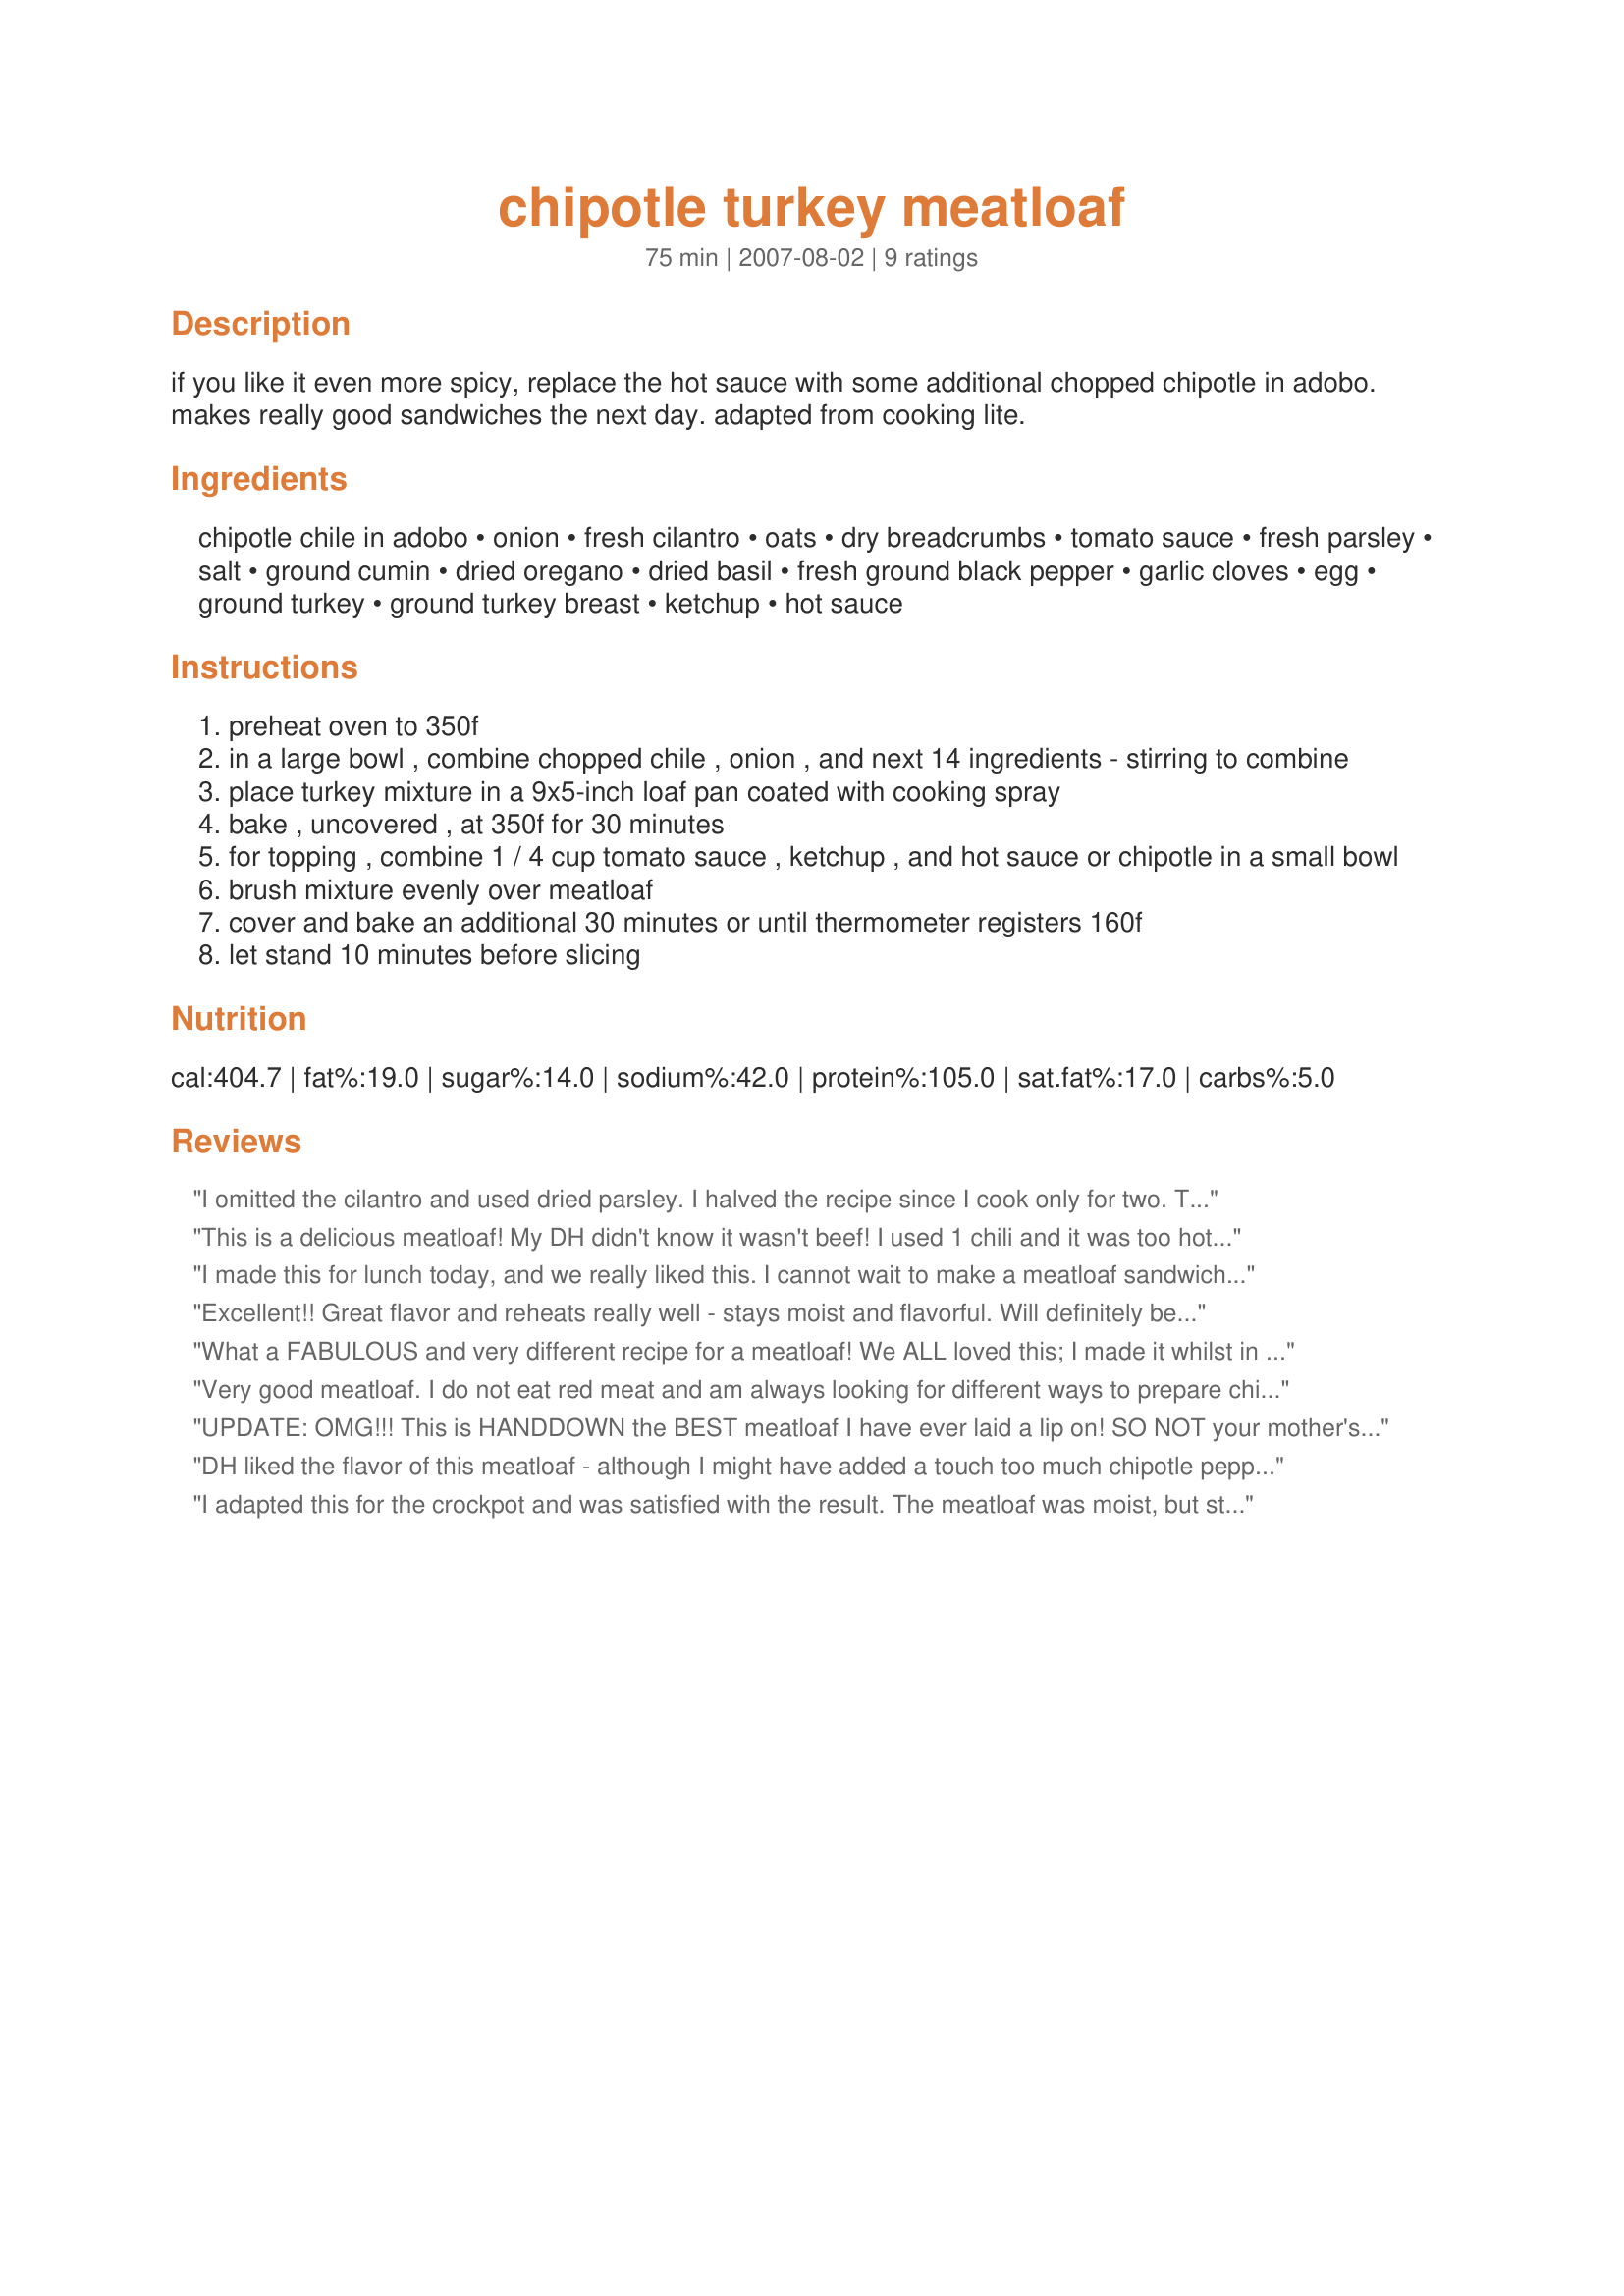
chipotle turkey meatloaf
Preparation time: 75 minutes

if you like it even more spicy, replace the hot sauce with some additional chopped chipotle in adobo. makes really good sandwiches the next day. adapted from cooking lite.

Ingredients:
chipotle chile in adobo, onion, fresh cilantro, oats, dry breadcrumbs, tomato sauce, fresh parsley, salt, ground cumin, dried oregano, dried basil, fresh ground black pepper, garlic cloves, egg, ground turkey, ground turkey breast, ketchup, hot sauce

Steps:
preheat oven to 350f
in a large bowl , combine chopped chile , onion , and next 14 ingredients - stirring to combine
place turkey mixture in a 9x5-inch loaf pan coated with cooking spray
bake , uncovered , at 350f for 30 minutes
for topping , combine 1 / 4 cup tomato sauce , ketchup , and hot sauce or chipotle in a small bowl
brush mixture evenly over meatloaf
cover and bake an additional 30 minutes or until thermometer registers 160f
let stand 10 minutes before slicing

Reviews:
I omitted the cilantro and used dried parsley. I halved the recipe since I cook only for two. The half recipe works nice as well. My picky husband loved this meatloaf. I will definitely make this again. It came out moist and tasty.
This is a delicious meatloaf! My DH didn't know it wasn't beef! I used 1 chili and it was too hot for DH. I also used parsley because that is what I had. I love the fact that its healthy! Thanks!
I made this for lunch today, and we really liked this. I cannot wait to make a meatloaf sandwich with it tomorrow. I really wanted to add more chipotles, but my family is wimpy. I left out the basil because I didn't have any dried. I did sneak some smoked paprika into the sauce. This was very good. Thanks Caroline!
Excellent!! Great flavor and reheats really well - stays moist and flavorful. Will definitely be making this one again - thanks!
What a FABULOUS and very different recipe for a meatloaf! We ALL loved this; I made it whilst in the UK for my family and as they don't eat red meat, this was perfect for all of them! I had some chipotle chilies in adobo that I brought over with me - a small tin, and my parents were thrilled that I left the rest with them!!! (They love spicy food!) I used a mixture of turkey and chicken minced meat - and the texture and moistness was spot on with that combination. I used stale wholewheat breadcrumbs, again they imparted a wonderful texture and flavour to the meatloaf. I increased the garlic to 4 cloves - we are ALL garlic lovers, and it did NOT take over the flavour. The oats were the magic ingredient for us, and SO healthy. This will become my DEFAULT meatloaf recipe from now - it was wonderful, and we really enjoyed it in sandwiches the next day. Thanks Caro for a real classic with a twist - photos were taken, but will be posted later, when I get back to France and get sorted out! FT:-)
Very good meatloaf. I do not eat red meat and am always looking for different ways to prepare chicken/turkey. This was a pleasant surprise since we do love spicy food. Made it as stated and it came out moist and flavorful, good consistency, easy to cut in slices (to use on sandwiches). Thanks for posting.
UPDATE: OMG!!! This is HANDDOWN the BEST meatloaf I have ever laid a lip on! SO NOT your mother's meatloaf. Even leftovers were moist and flavorful. DH who would rather have ALL his teeth drilled then pulled without any anesthetic tried this and proclaimed it 'pretty darn good' which for him is monumental! Thank you Caroline! AWESOME meatloaf! Orig: 1/9/10Wonderful, moist, flavorful! I really liked that I had all these ingredients on hand. If you do not you could use dried rather than fresh for both the parsley and cilantro but fresh is oh so much better. There are recipes on zaar for freezing them- which would also work here imho. I used 3 chipotle's bc we like things spicy! For the bread crumbs I used 2 slices of whole wheat bread that I toasted and let dry/cool. Measured all the spices and added it to the bowl. Then I zipped it up in my food processor. Dumped that in the bowl with the meat. Then I chopped the onion, garlic, parsley, cilantro and chipotle's in the food processor. Dumped that in the bowl. Added everything else to the meat and mixed. Oh, I did not want to open a whole can of tomato sauce for the 1/4 cup needed so I used a mixture of half Catsup/BBQ sauce for both the meatloaf and the sauce on top. For the hot sauce I used Tabasco Chipotle. Of course you are going to have some accumulated grease, so I poured that off as best I could before adding the sauce topping and when removed to let it rest. Thank you for a flavorful recipe that is so much better for you than a traditional meatloaf with beef/pork. Mine was not as firm as French Tart's but was still deliciously moist and sliced very well. Next time I will double the oatmeal for a more firm loaf. This recipe fit a craving I had for meatloaf yet provided a wonderful taste sensation as well. :) TY TY TY TY!
DH liked the flavor of this meatloaf - although I might have added a touch too much chipotle peppers to it. I didn't like the overpowering flavor from the cilantro though, but then again I only like its flavor not love it. I will make this again with some modifications though since DH did like the idea of it :)
I adapted this for the crockpot and was satisfied with the result. The meatloaf was moist, but still sliced nicely. I only used one chipotle and wish I had added the second for a spicier flavor. I&#039;ll make this again.
